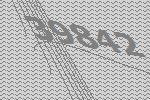
39842